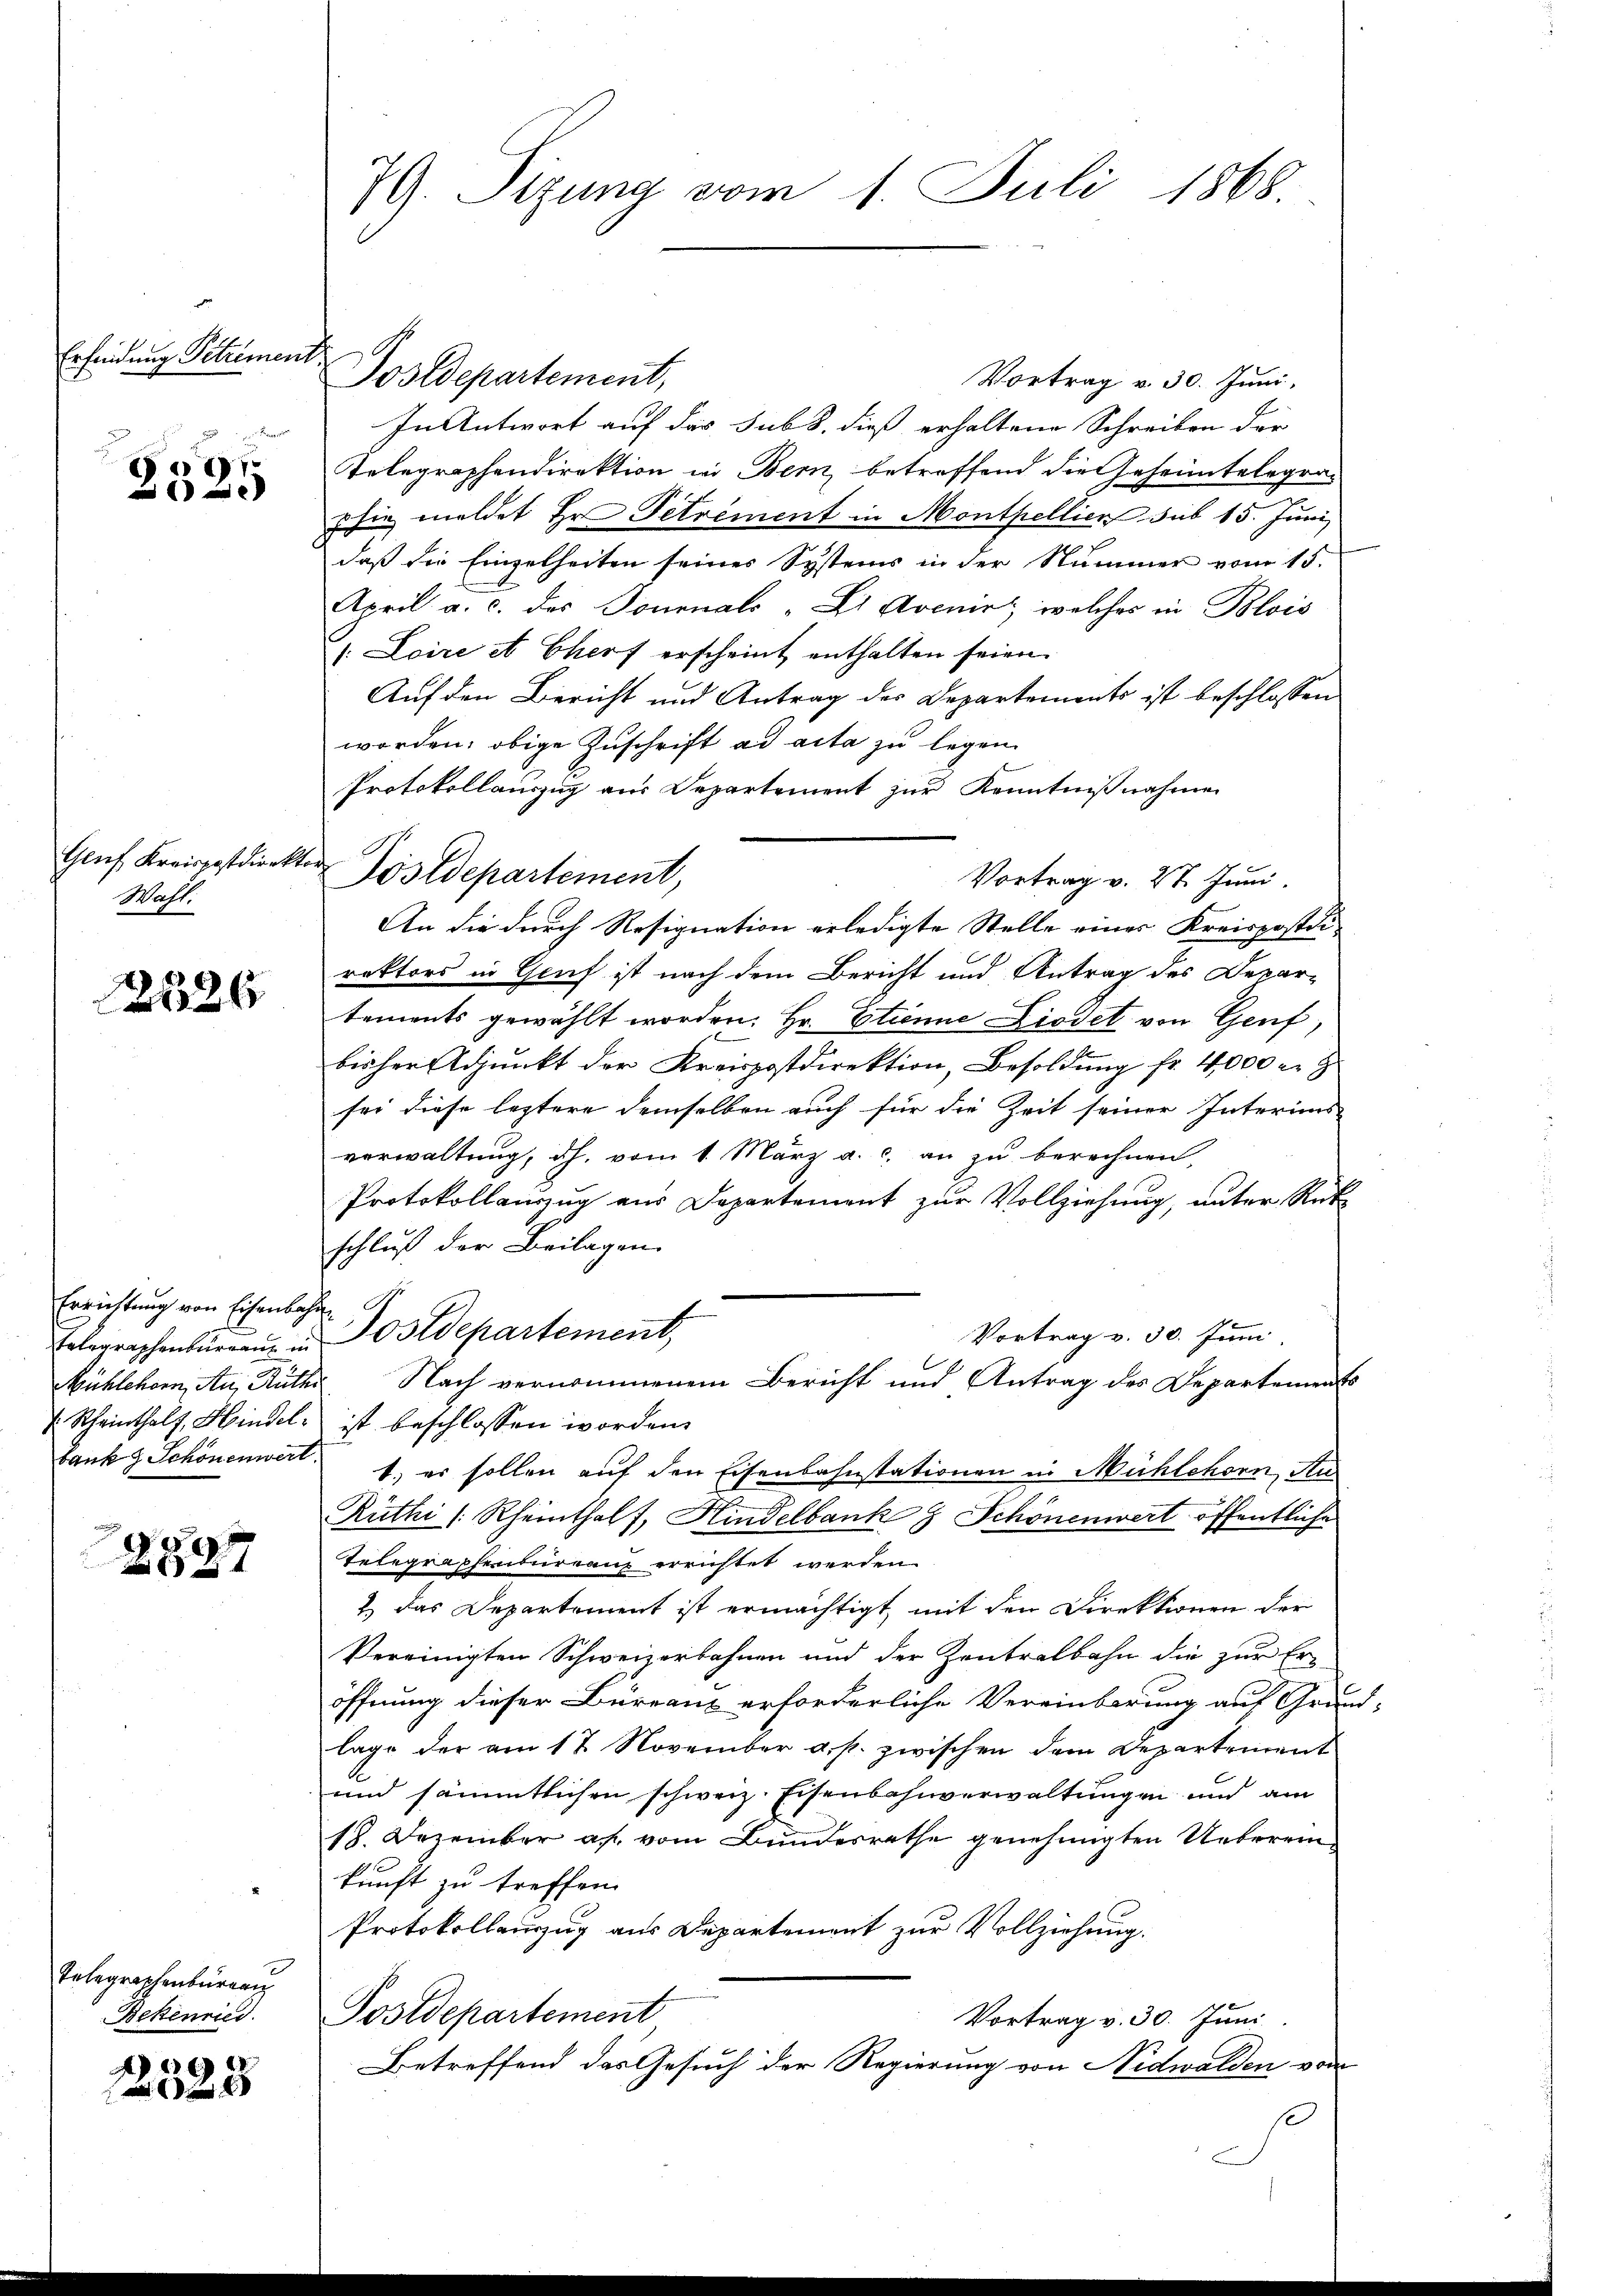
Erfindung Titremen

9

Geuf Kreispostdirekt.
Wast

2526

Errichtung von Eisenbahn

2527

Telegraphenbürerin
Bekenried.

6

79. Sitzung vom 1. Juli 1868.

ch
Postdepartement,
Vortrag v. 30. Juni,
In Antwort auf das sub 8. dieß erhaltene Schreiben der
Telegraphendirektion in Bern, betreffend die Geheimtelegraphie meldet Hr. Petrement in Montpellien sub 15. Juni,
daß die Einzelheiten seines Systems in der Nummer vom 15.
April a. c. des Tournals - Li Avenir, welches in Blois
:Loire et Cherf erscheint enthalten seien.
Auf den Bericht und Antrag des Departements ist beschlossen
worden: obige Zuschrift ad acta zu legen.
Protokollauszug aus Departement zur Kenntnißnahmen
u
Göslepartement,
Vortrag v. 27. Juni.
An die durch Resignation erledigte Stelle einer Kreispostdirektors in Genf ist nach dem Bericht und Antrag des Departements gewählt worden. Hr. Etienne Liedet von Genf,
bisher Adjunkt der Kreispostdirektion, Besoldung fr. 4000 r. z
sei diese leztere demselben auch für die Zeit seiner Interims-
verwaltung, dh. vom 1. März a. c. an zu berechnen,
Protokollauszug aus Departement zur Vollziehung, unter Rück-
schluß der Beilagen.
Vortrag v. 30. Juni
Erlegraphenbüreaŭ in Postdepartement,
Mühlehorn, Au, Ruth. Nach vernommenem Bericht und Antrag des Departements
 Rheinthalt, Hindel ist beschlossen worden.
bank & Schönenwert. 1, er sollen auf den Eisenbahnstationen in Mühlehorn, Au
Rüthi (Rheinthalt, Hindelbank & Schönenwert öffentliche
Telegraphenbureanz errichtet werden.
1 das Departement ist ermächtigt, mit den Direktionen der
Vereinigten Schweizerbahnen und der Zentralbahn die zur Eröffnung dieser Büreaus erforderliche Vereinbarung auf Grü-
lage der am 17 November a. p. zwischen dem Departement
und sämmtlichen schweiz. Eisenbahnverwaltungen und am
18. Dezember a. vom Bundesrathe genehmigten Uebereinkunft zu treffen.
Protokollauszug aus Departement zur Vollziehung.
Postdepartement
Vortrag v. 30. Juni
Betreffend das Gesuch der Regierung von Nidwalden von

1.